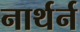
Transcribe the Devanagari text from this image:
नार्थर्न